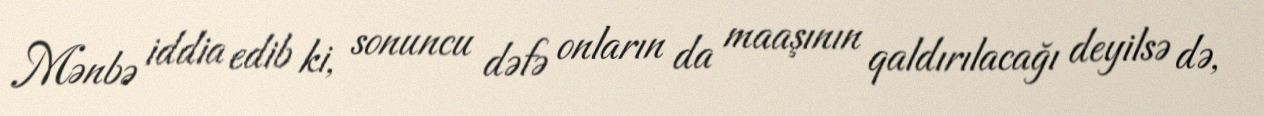
Mənbə iddia edib ki, sonuncu dəfə onların da maaşının qaldırılacağı deyilsə də,